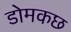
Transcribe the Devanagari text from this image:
डोमकछ